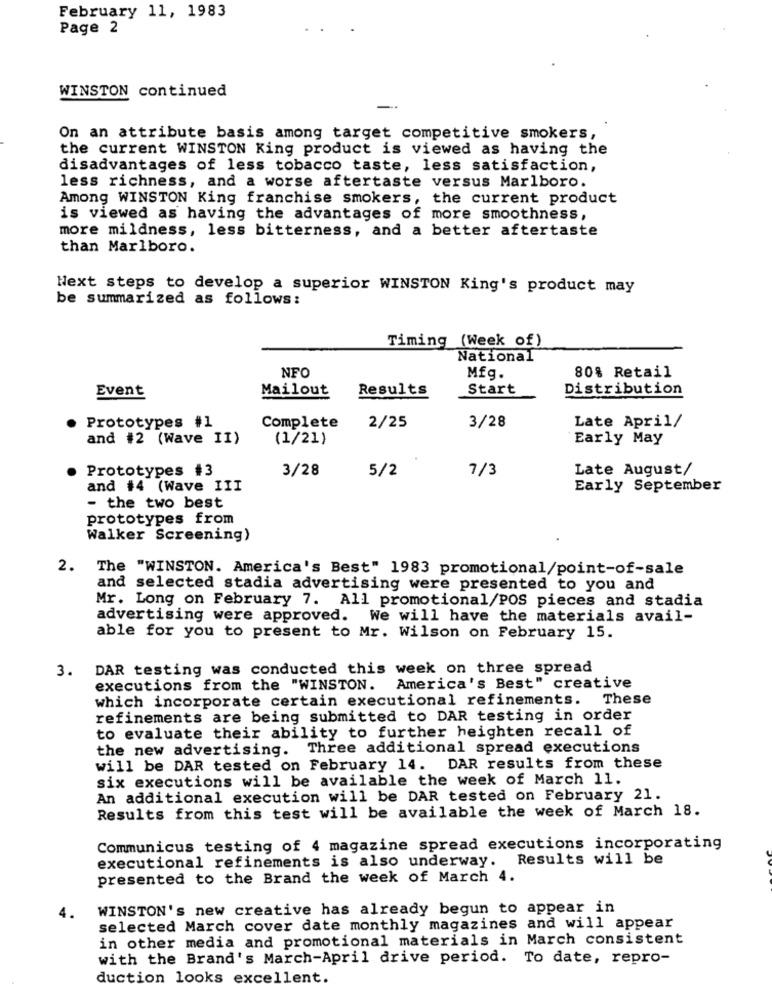
February 11, 1983
Page 2
WINSTON continued
On an attribute basis among target competitive smokers,
the current WINSTON King product is viewed as having the
disadvantages of less tobacco taste, less satisfaction,
less richness, and a worse aftertaste versus Marlboro.
Among WINSTON King franchise smokers, the current product
is viewed as having the advantages of more smoothness,
more mildness, less bitterness, and a better aftertaste
than Marlboro.
Next steps to develop a superior WINSTON King's product may
be summarized as follows:
Timing (Week of )
National
NFO
80% Retail
Mfg.
Results
Start
Distribution
Event
Mailout
Late April/
Prototypes #1
Complete
2/25
3/28
and #2 (Wave II)
(1/21)
Early May
Prototypes #3
3/28
5/2
7/3
Late August/
and #4 (Wave III
Early September
- the two best
prototypes from
Walker Screening)
2. The "WINSTON. America's Best" 1983 promotional/point-of-sale
and selected stadia advertising were presented to you and
Mr. Long on February 7. All promotional/POS pieces and stadia
advertising were approved. We will have the materials avail-
able for you to present to Mr. Wilson on February 15.
3. DAR testing was conducted this week on three spread
executions from the "WINSTON. America's Best" creative
which incorporate certain executional refinements. These
refinements are being submitted to DAR testing in order
to evaluate their ability to further heighten recall of
the new advertising. Three additional spread executions
will be DAR tested on February 14. DAR results from these
six executions will be available the week of March 11.
An additional execution will be DAR tested on February 21.
Results from this test will be available the week of March 18.
Communicus testing of 4 magazine spread executions incorporating
executional refinements is also underway. Results will be
presented to the Brand the week of March 4.
WINSTON's new creative has already begun to appear in
selected March cover date monthly magazines and will appear
in other media and promotional materials in March consistent
with the Brand's March-April drive period. To date, repro-
duction looks excellent.